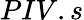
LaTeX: PIV.s